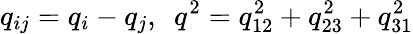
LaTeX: q_{ij}=q_{i}-q_{j},\ \ q^{2}=q_{12}^{2}+q_{23}^{2}+q_{31}^{2}